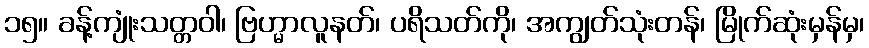
၁၅။ ခန့်ကျုံးသတ္တဝါ၊ ဗြဟ္မာလူနတ်၊ ပရိသတ်ကို၊ အကျွတ်သုံးတန်၊ မြိုက်ဆုံးမှန်မှ၊